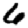
Digit: 6